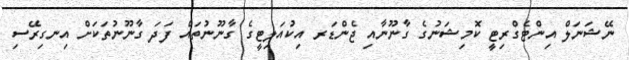
ނޭޝަނަލް އިންޓެގްރިޓީ ކޮމިޝަނުގެ ގާނޫނާއި ޖެންޑަރ އިކުއަލިޓީގެ ގާނޫނުތައް ފަދަ ގާނޫނުތަކަށް އިނގިރޭސި